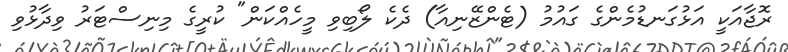
ރޮޖާއަކީ އަޅުގަނޑުމެންގެ ގައުމު (ޓެންޒޭނިއާ) ދެކެ ލޯބިވި މީހެއްކަން" ކުރީގެ މިނިސްޓަރު ވިދާޅުވި